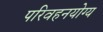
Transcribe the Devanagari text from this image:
परिवहनयोग्य